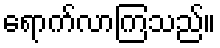
ရောက်လာကြသည်။